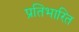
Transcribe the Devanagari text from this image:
प्रतिभारित